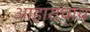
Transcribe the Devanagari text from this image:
आहाराचाच